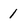
Character: 1